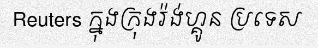
Reuters ក្នុងក្រុងរ៉ង់ហ្គូន ប្រទេស